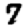
Digit: 7